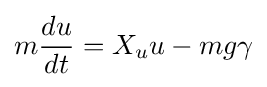
m{\frac {du}{dt}}=X_{u}u-mg\gamma